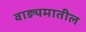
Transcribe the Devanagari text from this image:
वाङ्यमातील